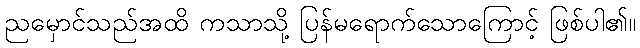
ညမှောင်သည်အထိ ကသာသို့ ပြန်မရောက်သောကြောင့် ဖြစ်ပါ၏။